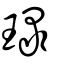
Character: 琭